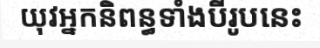
យុវអ្នកនិពន្ធទាំងបីរូបនេះ